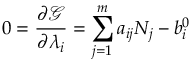
0 = { \frac { \partial { \mathcal { G } } } { \partial \lambda _ { i } } } = \sum _ { j = 1 } ^ { m } a _ { i j } N _ { j } - b _ { i } ^ { 0 }